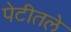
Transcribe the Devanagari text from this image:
पेटीतले